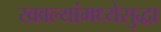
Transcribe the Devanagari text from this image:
खवल्यांमध्येसुद्धा